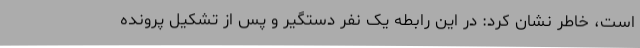
است، خاطر نشان کرد: در این رابطه یک نفر دستگیر و پس از تشکیل پرونده